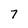
Character: 7